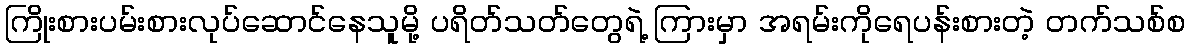
ကြိုးစားပမ်းစားလုပ်ဆောင်နေသူမို့ ပရိတ်သတ်တွေရဲ့ ကြားမှာ အရမ်းကိုရေပန်းစားတဲ့ တက်သစ်စ